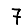
Digit: 7